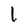
Character: l